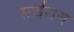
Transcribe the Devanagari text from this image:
साईराज